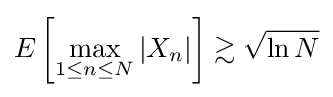
E\left[\max _{1\leq n\leq N}|X_{n}|\right]\gtrsim {\sqrt {\ln N}}